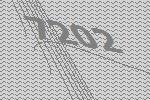
7202